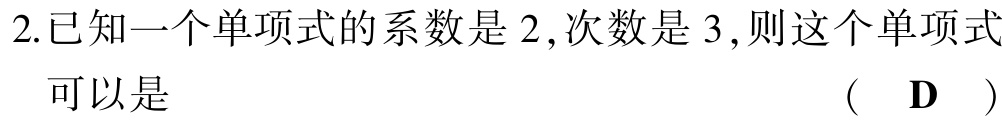
2.已知一个单项式的系数是 2,次数是 3,则这个单项式
可以是 （ D ）